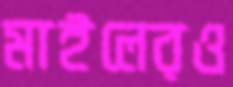
মাইলেরও